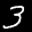
Digit: 3